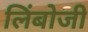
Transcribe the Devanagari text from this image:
लिंबोजी